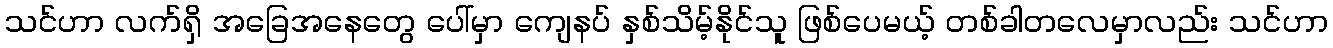
သင်ဟာ လက်ရှိ အခြေအနေတွေ ပေါ်မှာ ကျေနပ် နှစ်သိမ့်နိုင်သူ ဖြစ်ပေမယ့် တစ်ခါတလေမှာလည်း သင်ဟာ